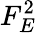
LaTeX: F_{E}^{2}